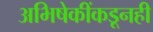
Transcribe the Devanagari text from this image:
अभिषेकींकडूनही